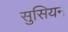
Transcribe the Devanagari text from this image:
सुसियन